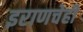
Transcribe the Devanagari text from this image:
इराणचेही